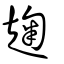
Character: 趜